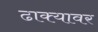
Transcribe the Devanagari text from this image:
ढाक्यावर